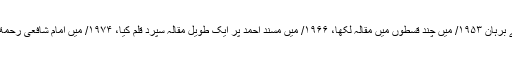
”ہندوستان میں علم حدیث کی تالیفات کے نام سے برہان ۱۹۵۳/ میں چند قسطوں میں مقالہ لکھا، ۱۹۶۶/ میں مسند احمد پر ایک طویل مقالہ سپرد قلم کیا، ۱۹۷۴/ میں امام شافعی رحمة الله عليه کی کتاب الام پر محققانہ مضمون لکھا۔